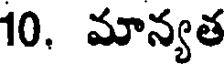
10. మాన్యత